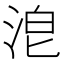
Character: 𣴡